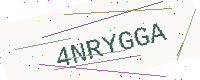
Text: 4NRYGGA